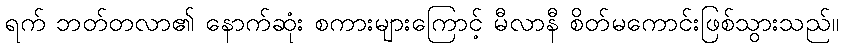
ရက် ဘတ်တလာ၏ နောက်ဆုံး စကားများကြောင့် မီလာနီ စိတ်မကောင်းဖြစ်သွားသည်။